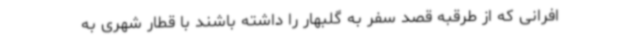
افرانی که از طرقبه قصد سفر به گلبهار را داشته باشند با قطار شهری به